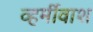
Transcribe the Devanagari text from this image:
व्हर्मीवाश